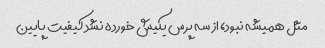
مثل همیشه نبود، از سه پرس یکیش خورده نشد کیفیت پایین